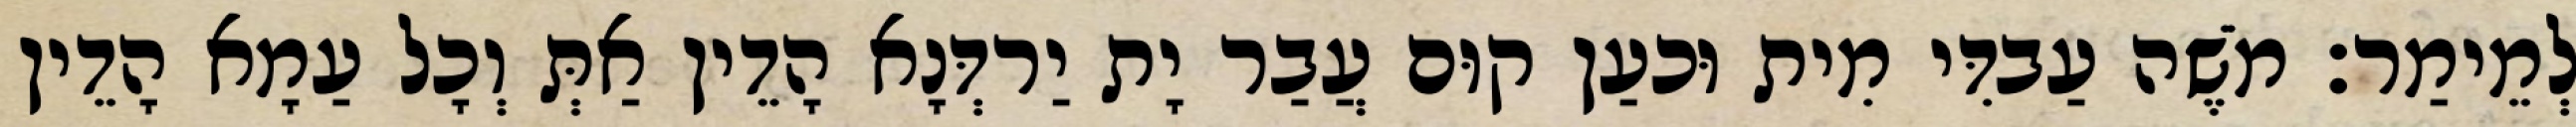
לְמֵימַר׃ מֹשֶׁה עַבדִּי מִית וּכעַן קוּם עֲבַר יָת יַרדְּנָא הָדֵין אַתְּ וְכָל עַמָא הָדֵין